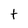
Character: t